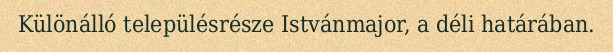
Különálló településrésze Istvánmajor, a déli határában.